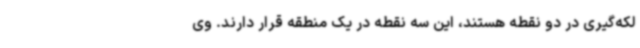
لکه‌گیری در دو نقطه هستند، این سه نقطه در یک منطقه قرار دارند. وی